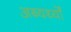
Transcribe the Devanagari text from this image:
अब्यर्थ्यों